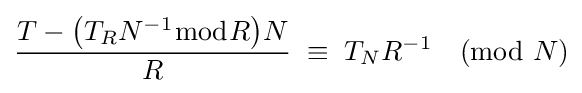
{\frac {T-{\bigl (}T_{R}N^{-1}{\bmod {R}}{\bigr )}N}{R}}\;\equiv \;T_{N}R^{-1}{\pmod {N}}